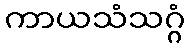
ကာယသံသဂ္ဂံ